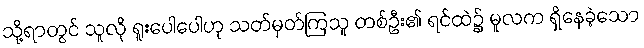
သို့ရာတွင် သူလို ရူးပေါပေါဟု သတ်မှတ်ကြသူ တစ်ဦး၏ ရင်ထဲ၌ မူလက ရှိနေခဲ့သော